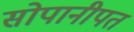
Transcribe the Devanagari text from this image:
सोपानीपत